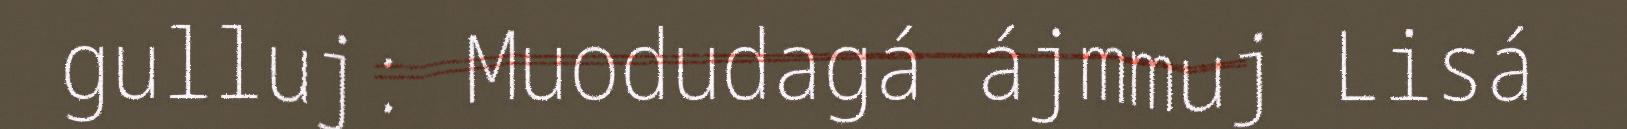
gulluj: Muodudagá ájmmuj Lisá